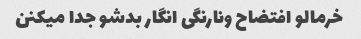
خرمالو افتضاح ونارنگی انگار بدشو جدا میکنن